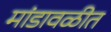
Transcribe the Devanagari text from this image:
मांडावळीत